Proceedings of the meeting of veterinary officers in India
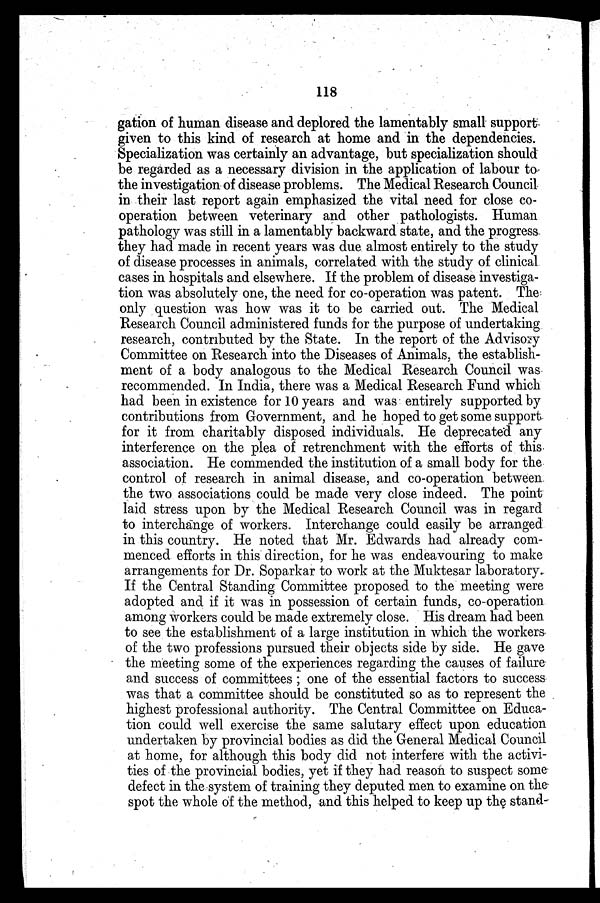
118
gation of human disease and deplored the lamentably small support
given to this kind of research at home and in the dependencies.
Specialization was certainly an advantage, but specialization should
be regarded as a necessary division in the application of labour to
the investigation of disease problems. The Medical Research Council
in their last report again emphasized the vital need for close co-
operation between veterinary and other pathologists. Human
pathology was still in a lamentably backward state, and the progress
they had made in recent years was due almost entirely to the study
of disease processes in animals, correlated with the study of clinical
cases in hospitals and elsewhere. If the problem of disease investiga-
tion was absolutely one, the need for co-operation was patent. The
only question was how was it to be carried out. The Medical
Research Council administered funds for the purpose of undertaking
research, contributed by the State. In the report of the Advisory
Committee on Research into the Diseases of Animals, the establish-
ment of a body analogous to the Medical Research Council was
recommended. In India, there was a Medical Research Fund which
had been in existence for 10 years and was entirely supported by
contributions from Government, and he hoped to get some support
for it from charitably disposed individuals. He deprecated any
interference on the plea of retrenchment with the efforts of this
association. He commended the institution of a small body for the
control of research in animal disease, and co-operation between
the two associations could be made very close indeed. The point
laid stress upon by the Medical Research Council was in regard
to interchange of workers. Interchange could easily be arranged
in this country. He noted that Mr. Edwards had already com-
menced efforts in this direction, for he was endeavouring to make
arrangements for Dr. Soparkar to work at the Muktesar laboratory.
If the Central Standing Committee proposed to the meeting were
adopted and if it was in possession of certain funds, co-operation
among workers could be made extremely close. His dream had been
to see the establishment of a large institution in which the workers
of the two professions pursued their objects side by side. He gave
the meeting some of the experiences regarding the causes of failure
and success of committees ; one of the essential factors to success
was that a committee should be constituted so as to represent the
highest professional authority. The Central Committee on Educa-
tion could well exercise the same salutary effect upon education
undertaken by provincial bodies as did the General Medical Council
at home, for although this body did not interfere with the activi-
ties of the provincial bodies, yet if they had reason to suspect some
defect in the system of training they deputed men to examine on the
spot the whole of the method, and this helped to keep up the stand-